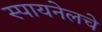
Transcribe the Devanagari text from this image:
स्पायनेलचे